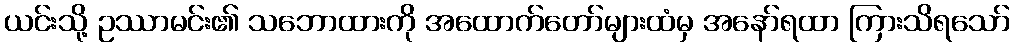
ယင်းသို့ ဥဿာမင်း၏ သဘောထားကို အထောက်တော်များထံမှ အနော်ရထာ ကြားသိရသော်